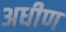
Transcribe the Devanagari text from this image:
अधीण